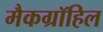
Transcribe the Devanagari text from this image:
मैकग्रॉहिल